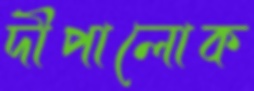
দীপালোক